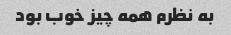
به نظرم همه چیز خوب بود